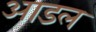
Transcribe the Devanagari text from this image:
आडल